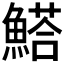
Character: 𩺗